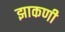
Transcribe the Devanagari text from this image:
झाकणी